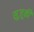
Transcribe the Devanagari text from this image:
सुज़ूकी